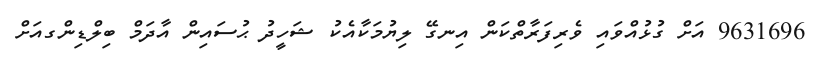
9631696 އަށް ގުޅުއްވައި ވެރިފަރާތްކަން އިނގޭ ލިޔުމަކާއެކު ޝަހީދު ޙުސައިން އާދަމް ބިލްޑިންގއަށް